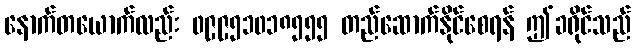
နောက်တယောက်လည်း ၀၉၉၅၁၀၁၈၅၅၅ တည်ဆောက်နိုင်စေရန် ဤခရိုင်သည်